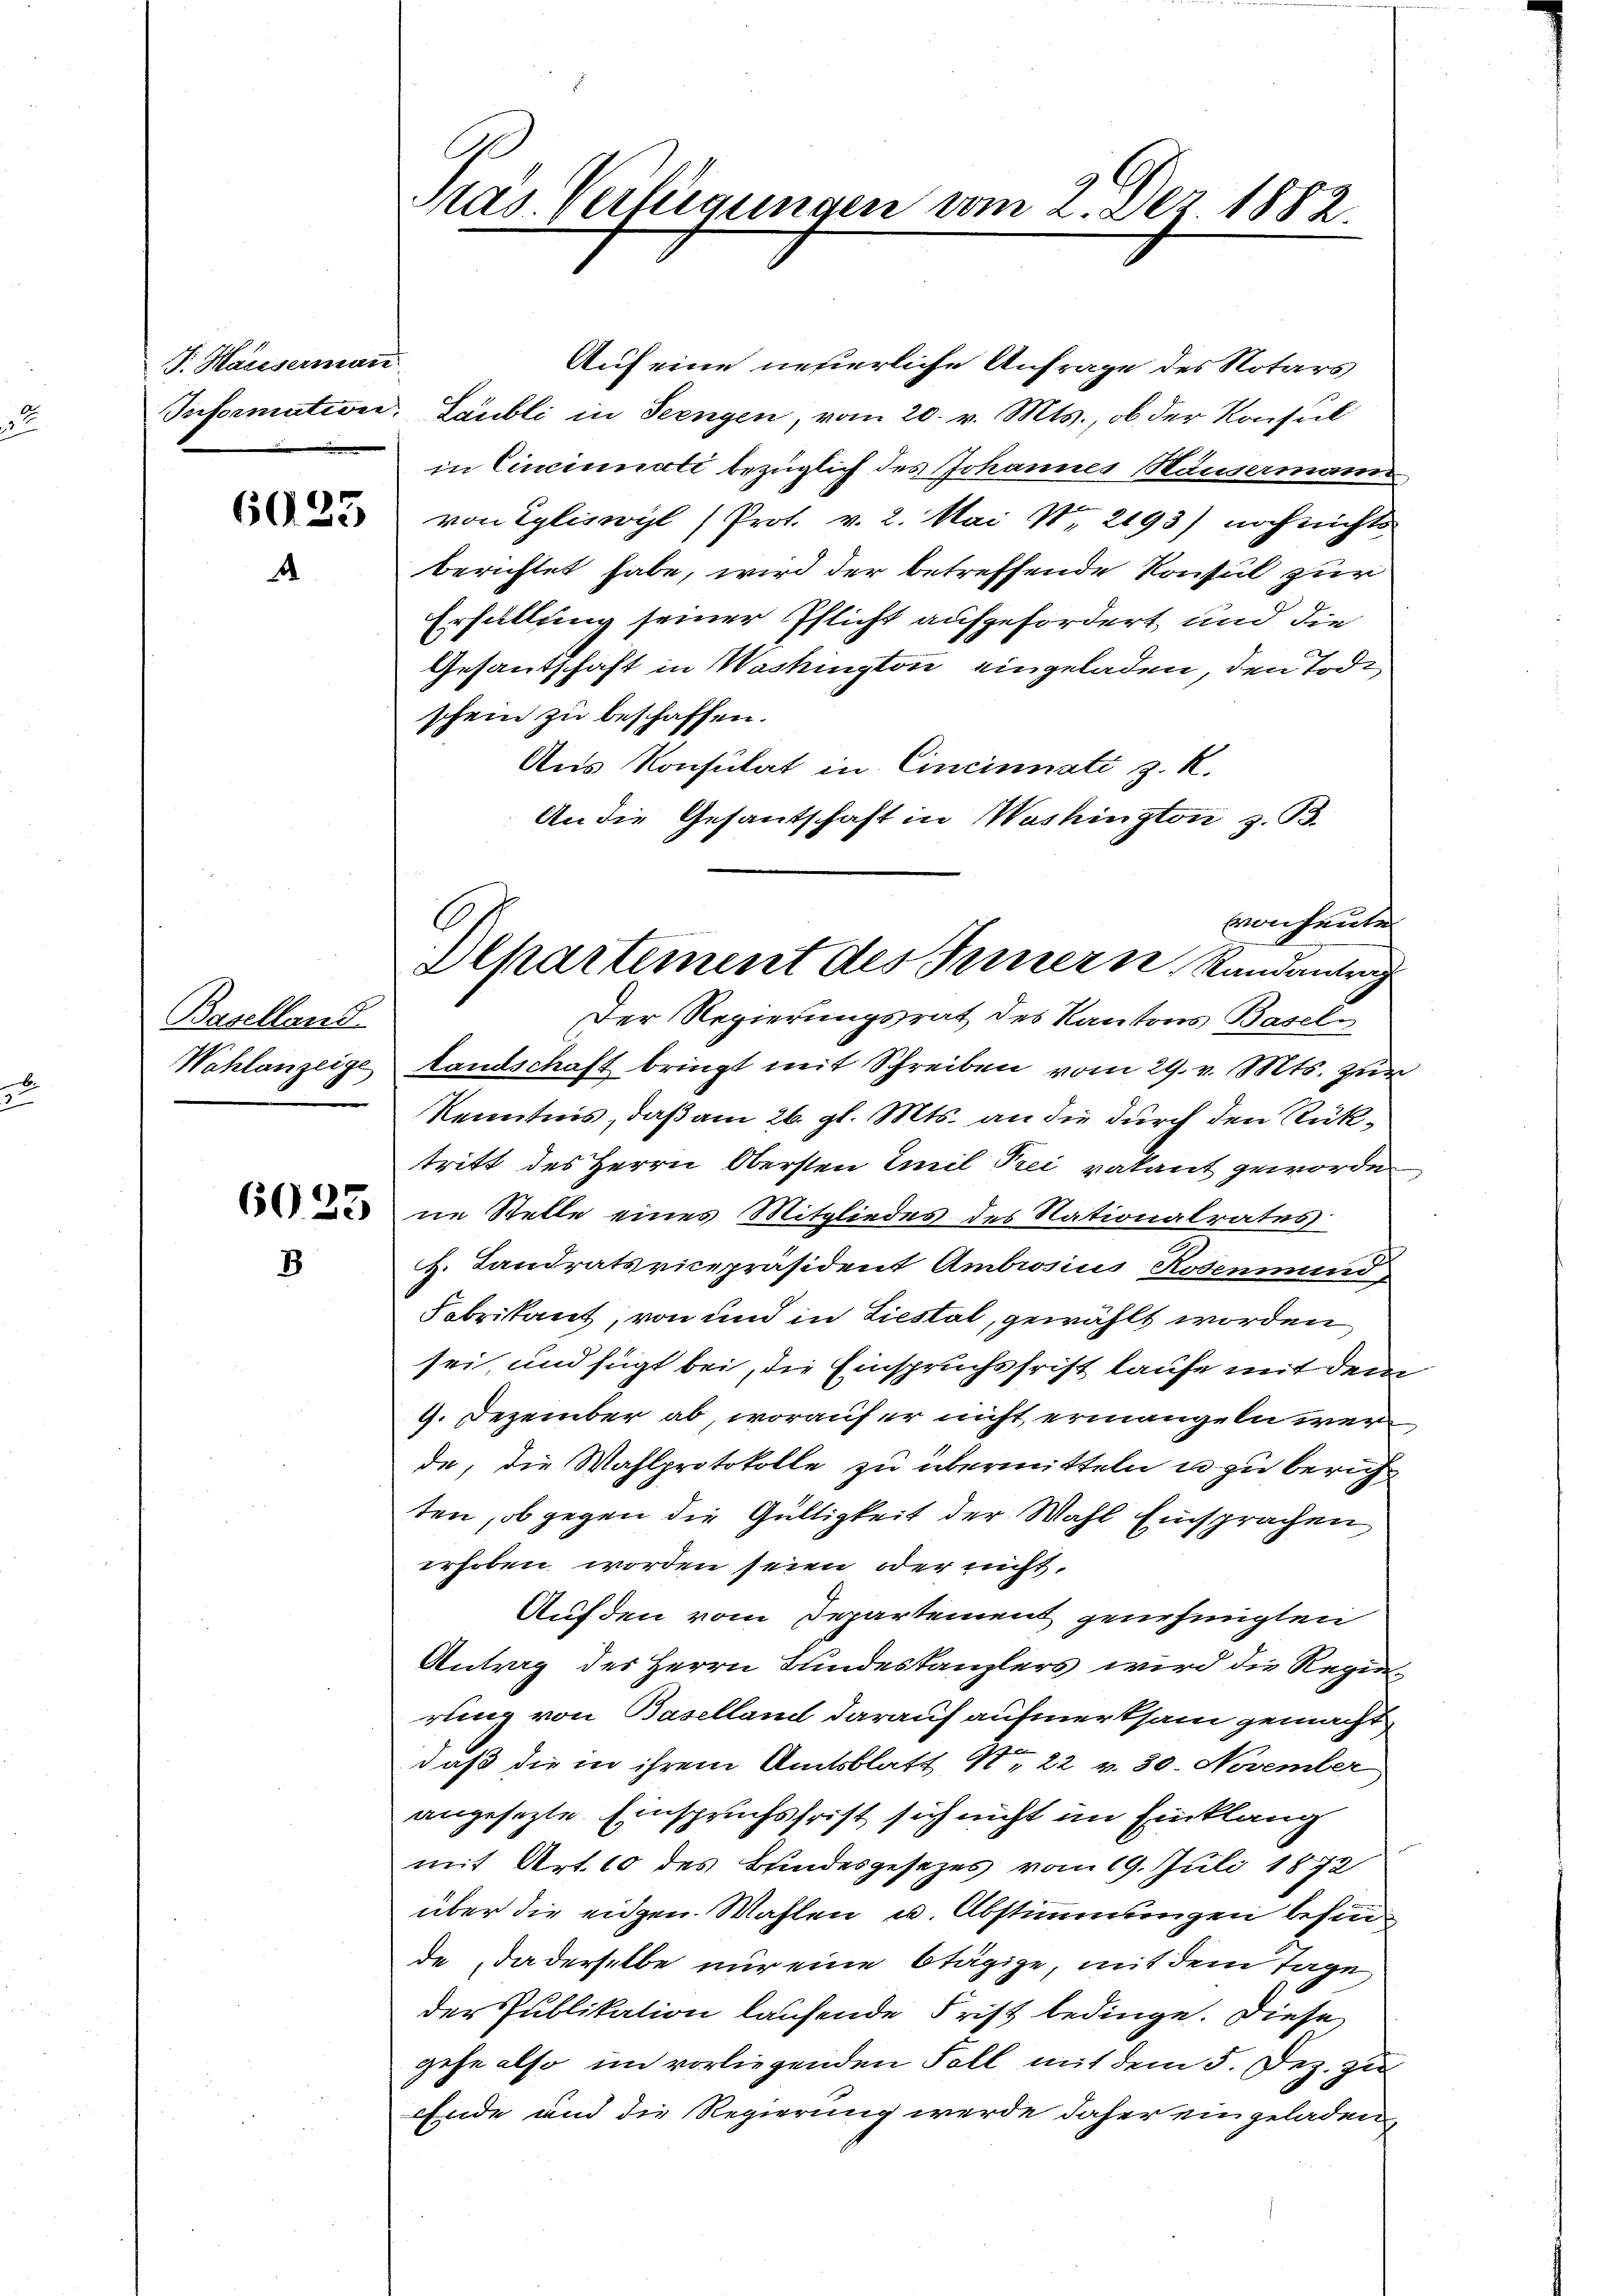
F. Haiesermann

d

Baselland

8

Auf eine neuerliche Anfrage des Notars
Information, Laubli in Seengen, vom 20. v. Mts., ob der Konsul
in Cincinati bezüglich des Johannes Häusermani
 von Egliswyl (Prot. v. 2. Mai Nr. 2193) noch nichts
berichtet habe, wird der betreffende Konsul zur
Erfüllung seiner Pflicht aufgefordert, und die
Gesandschaft in Washington eingeladen, den Tode
schein zu beschaffen.
Aus Konsulat in Cincinnati z. R.
An die Gesantschaft in Washington z. B.
Der Regierungsrat des Kantons Basel¬
Wahlanzeige Landschaft bringt mit Schreiben vom 29. v. Mts. zur
Kenntnis, daß am 26. gl. Mts. an die durch den Rüktritt des Herrn Obersten Emil Frei vakant geworde
ne Stelle eines Mitgliedes des Nationalrates
H. Landratsvicepräsident Ambrosius Rosenmund
Fabrikant, von und in Liestal, gewählt worden,
sei, und fügt bei, die Einspruchsfrist laufe mit dem
9. Dezember ab, worauf er nicht ermangeln wer
de, die Wahlprotokolle zu übermitteln u. zu berich
ten, ob gegen die Gültigkeit der Wahl Einsprachen
erhoben worden seien oder nicht.
Aufden vom Departement genehmigten
Antrag des Herrn Bundeskanzlers wird die Regierling von Baselland darauf aufmerksam gemacht
daß die in ihrem Amtsblatt No 22 v. 30. November
angesezte Einspruchsfrist sich nicht im Einklang
mit Art. 10 des Bundesgesezes vom 19. Juli 1872
über die eidgen. Wahlen u. Abstimmungen befinde, da derselbe nur eine Otägige, mit dem Tage
der Publikation laufende Frist bedinge. Diese
gehe also im vorliegenden Fall mit dem 5. Dez. zu
Ende und die Regierung werde daher eingeladen,

stas. Verlegungen vom 2. Dez. 1882.

frochente
Departement des Innern Randantung